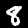
Label: 8